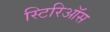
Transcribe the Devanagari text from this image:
स्टिरिऑस